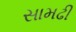
સામઢી